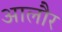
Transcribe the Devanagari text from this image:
आलौर